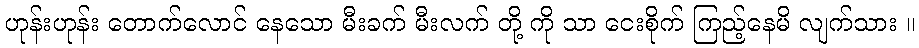
ဟုန်းဟုန်း တောက်လောင် နေသော မီးခက် မီးလက် တို့ ကို သာ ငေးစိုက် ကြည့်နေမိ လျက်သား ။